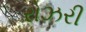
રોઝરી